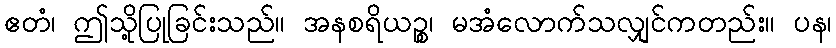
ဧတံ၊ ဤသို့ပြုခြင်းသည်။ အနစရိယဉ္စ၊ မအံလောက်သလျှင်ကတည်း။ ပန၊